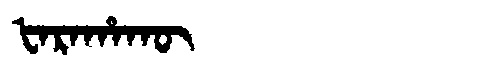
Manchu: ᡶᠠᡵᠠᡥᠠᡴᡡ
Romanization: FARAHAKŪ